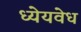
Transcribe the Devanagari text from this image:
ध्येयवेध